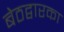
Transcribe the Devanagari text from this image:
बेठद्वारका